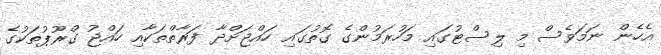
އެހެން ނަމަވެސް މި ލިސްޓުގައި މަހުރަމުންގެ ގޮތުގައި ހައްޖަށްދާ ފަރާތްތަކާއި ހައްޖު ގްރޫޕުތަކުގެ